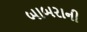
બાબરાની